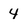
Character: 4